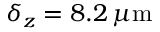
\delta _ { z } = 8 . 2 \, \mu \mathrm { m }